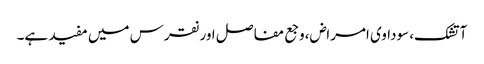
آتشک، سوداوی امراض،وجع مفاصل اور نقرس میں مفید ہے۔